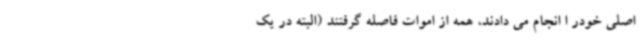
اصلی خودر ا انجام می دادند، همه از اموات فاصله گرفتند (البته در یک